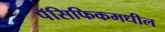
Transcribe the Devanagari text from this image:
पॅसिफिकमधील